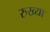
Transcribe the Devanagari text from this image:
रुख्या